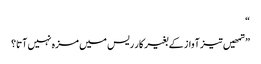
“
”تمھیں تیز آواز کے بغیر کار ریس میں مزہ نہیں آتا؟